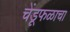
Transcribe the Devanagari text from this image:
चेंडूफळाचा